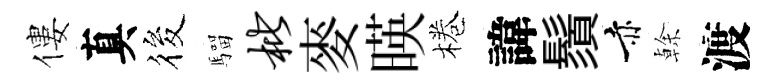
僂真筱騮枇麥暎棬諱鬚赤𠏉渡